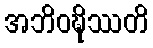
အဘိဝဍ္ဎိဿတိ